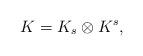
LaTeX: \begin{align*}K=K_s\otimes K^s,\end{align*}